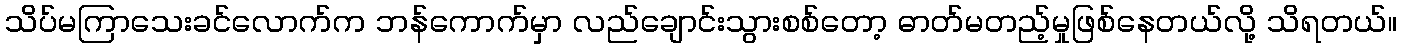
သိပ်မကြာသေးခင်လောက်က ဘန်ကောက်မှာ လည်ချောင်းသွားစစ်တော့ ဓာတ်မတည့်မှုဖြစ်နေတယ်လို့ သိရတယ်။